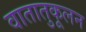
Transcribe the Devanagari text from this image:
वातातुकूलन